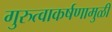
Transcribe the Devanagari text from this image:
गुरुत्वाकर्षणामुळीं